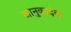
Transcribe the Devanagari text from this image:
जानुकादेवी